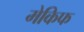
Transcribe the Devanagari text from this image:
मेकिफ